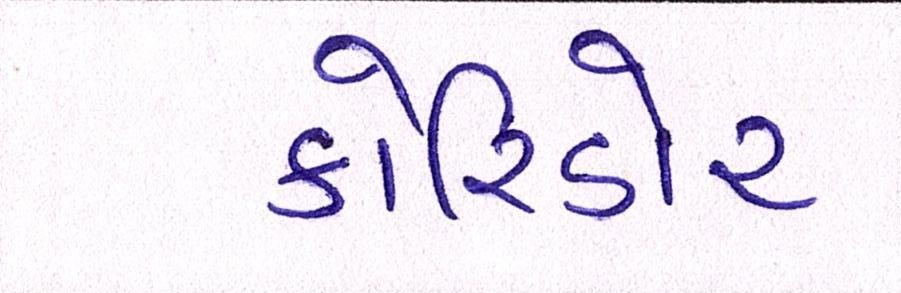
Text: કોરિડોર